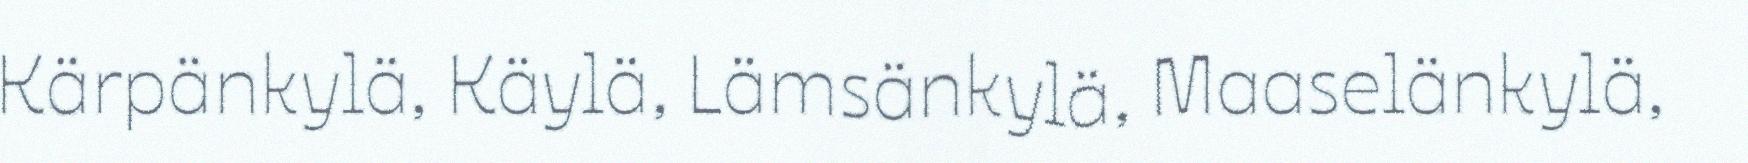
Kärpänkylä, Käylä, Lämsänkylä, Maaselänkylä,